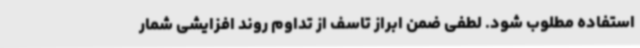
استفاده مطلوب شود. لطفی ضمن ابراز تاسف از تداوم روند افزایشی شمار